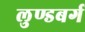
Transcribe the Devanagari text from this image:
लुण्डबर्ग